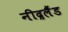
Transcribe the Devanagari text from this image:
नीद्रलैंड